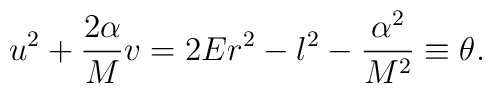
u^2+\frac{2\alpha}{M}v=2Er^2-l^2-\frac{\alpha^2}{M^2}\equiv \theta.